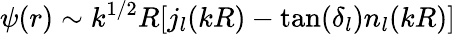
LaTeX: {\psi(r)\sim k^{1/2}R[j_{l}(kR)-\tan(\delta_{l})n_{l}(kR)]}